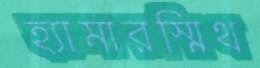
হ্যামারস্মিথ